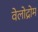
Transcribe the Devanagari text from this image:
वेलोद्रोम